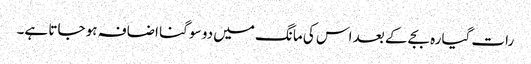
رات گیارہ بجے کے بعد اس کی مانگ میں دو سو گنا اضافہ ہو جاتا ہے۔